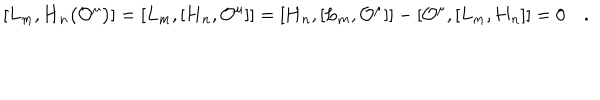
[ L _ { m } , \mathbf { H } _ { n } \bigl ( { \cal O } ^ { \mu } \bigr ) ] = [ L _ { m } , [ \mathbf { H } _ { n } , { \cal O } ^ { \mu } ] ] = [ \mathbf { H } _ { n } , [ L _ { m } , { \cal O } ^ { \mu } ] ] - [ { \cal O } ^ { \mu } , [ L _ { m } , \mathbf { H } _ { n } ] ] = 0 \quad .